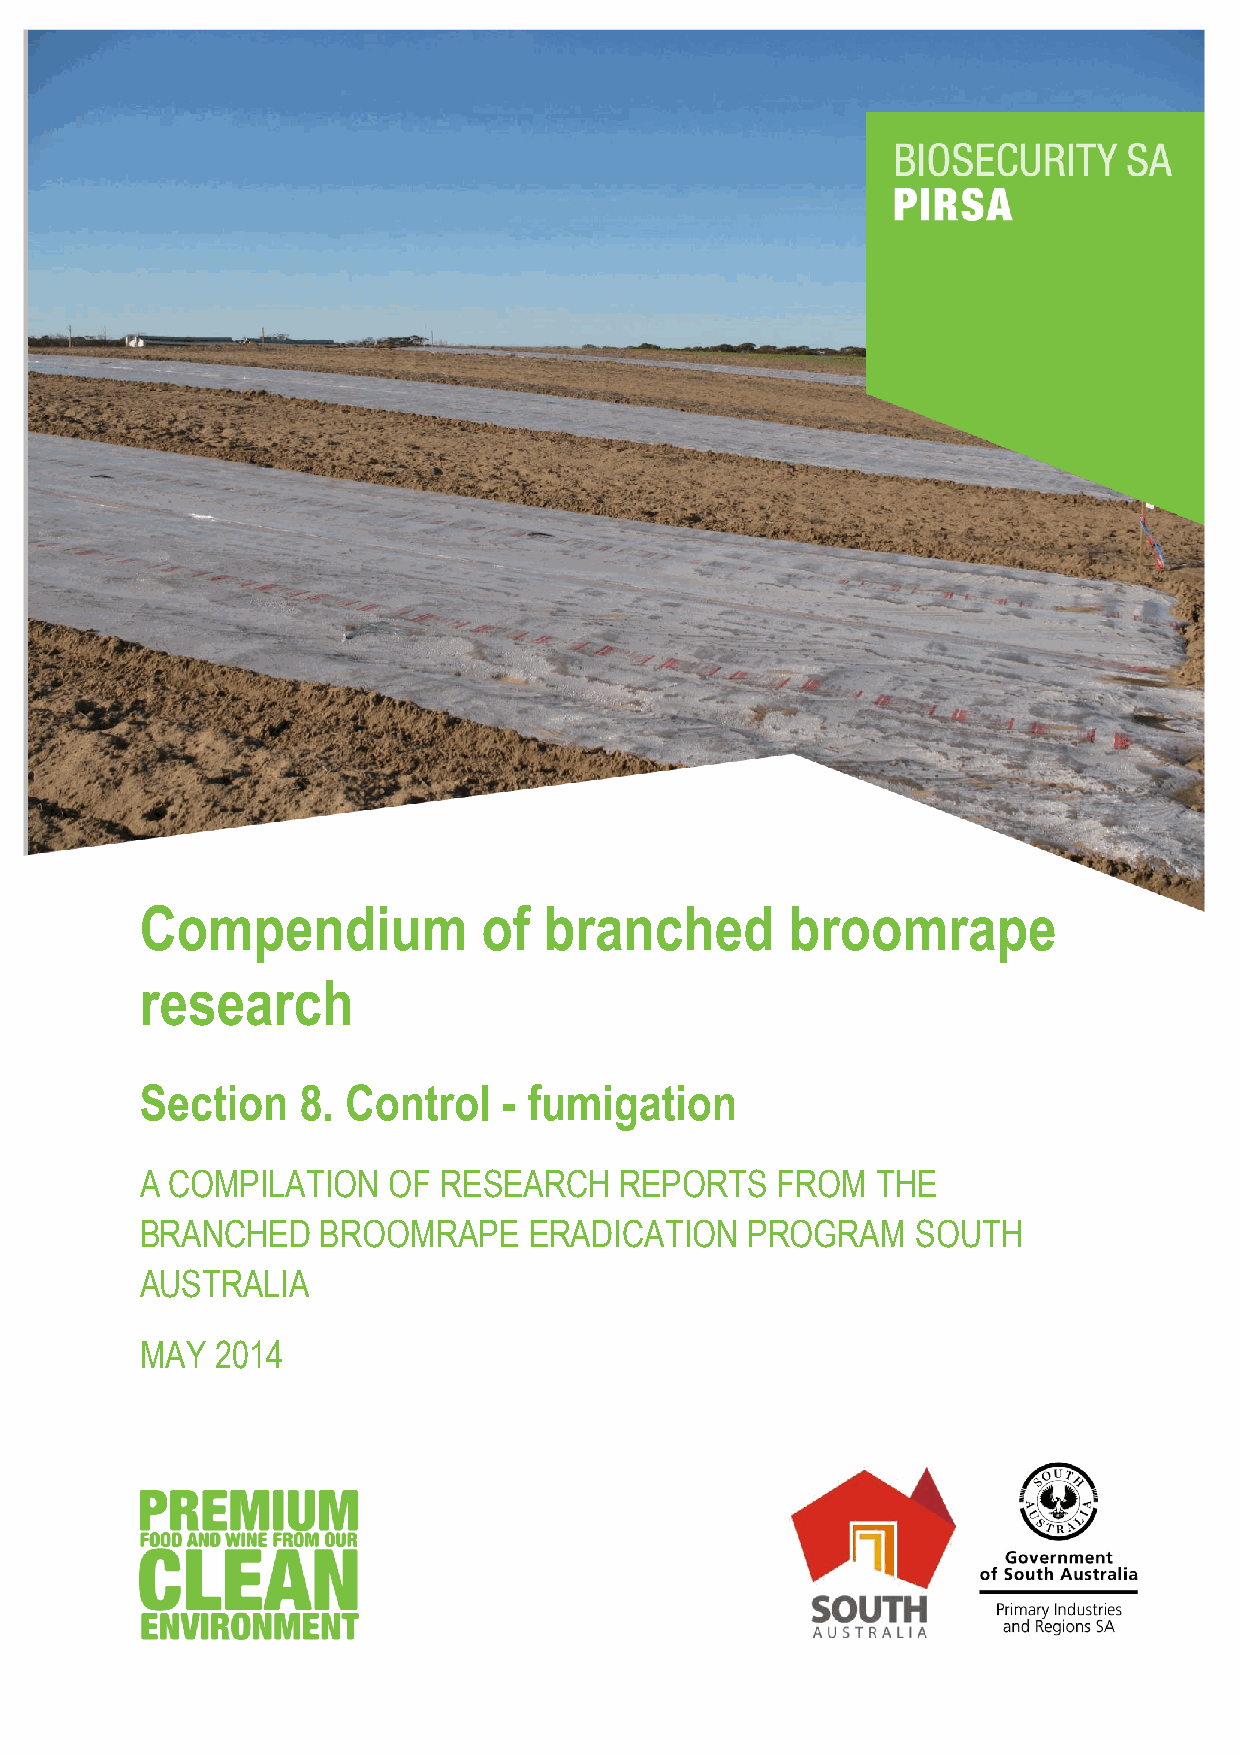
Compendium             of  branched        broomrape
 research
 Section    8. Control   - fumigation
 A COMPILATION    OF RESEARCH    REPORTS   FROM   THE
 BRANCHED    BROOMRAPE     ERADICATION    PROGRAM    SOUTH
 AUSTRALIA
 MAY  2014